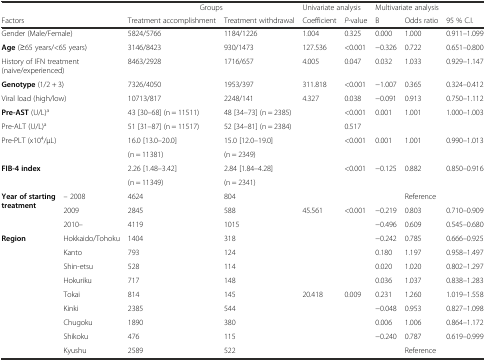
<table><thead><tr><td colspan="2">[EMPTY_CELL]</td><td colspan="2"><b>Groups</b></td><td colspan="2"><b>Univariate analysis</b></td><td colspan="3"><b>Multivariate analysis</b></td></tr><tr><td colspan="2"><b>Factors</b></td><td><b>Treatment accomplishment</b></td><td><b>Treatment withdrawal</b></td><td><b>Coefficient</b></td><td><b><i>P</i>-value</b></td><td><b>B</b></td><td><b>Odds ratio</b></td><td><b>95 % C.I.</b></td></tr></thead><tbody><tr><td colspan="2">Gender (Male/Female)</td><td>5824/5766</td><td>1184/1226</td><td>1.004</td><td>0.325</td><td>0.000</td><td>1.000</td><td>0.911–1.099</td></tr><tr><td colspan="2"><b>Age</b> (≥65 years/&lt;65 years)</td><td>3146/8423</td><td>930/1473</td><td>127.536</td><td>&lt;0.001</td><td>−0.326</td><td>0.722</td><td>0.651–0.800</td></tr><tr><td colspan="2">History of IFN treatment (naive/experienced)</td><td>8463/2928</td><td>1716/657</td><td>4.005</td><td>0.047</td><td>0.032</td><td>1.033</td><td>0.929–1.147</td></tr><tr><td colspan="2"><b>Genotype</b> (1/2 + 3)</td><td>7326/4050</td><td>1953/397</td><td>311.818</td><td>&lt;0.001</td><td>−1.007</td><td>0.365</td><td>0.324–0.412</td></tr><tr><td colspan="2">Viral load (high/low)</td><td>10713/817</td><td>2248/141</td><td>4.327</td><td>0.038</td><td>−0.091</td><td>0.913</td><td>0.750–1.112</td></tr><tr><td colspan="2"><b>Pre-AST</b> (U/L)<sup>a</sup></td><td>43 [30–68] (n = 11511)</td><td>48 [34–73] (n = 2385)</td><td>[EMPTY_CELL]</td><td>&lt;0.001</td><td>0.001</td><td>1.001</td><td>1.000–1.003</td></tr><tr><td colspan="2">Pre-ALT (U/L)<sup>a</sup></td><td>51 [31–87] (n = 11517)</td><td>52 [34–81] (n = 2384)</td><td>[EMPTY_CELL]</td><td>0.517</td><td>[EMPTY_CELL]</td><td>[EMPTY_CELL]</td><td>[EMPTY_CELL]</td></tr><tr><td colspan="2" rowspan="2">Pre-PLT (x10<sup>4</sup>/μL)</td><td>16.0 [13.0–20.0]</td><td>15.0 [12.0–19.0]</td><td rowspan="2">[EMPTY_CELL]</td><td rowspan="2">&lt;0.001</td><td rowspan="2">0.001</td><td rowspan="2">1.001</td><td rowspan="2">0.990–1.013</td></tr><tr><td>(n = 11381)</td><td>(n = 2349)</td></tr><tr><td colspan="2" rowspan="2"><b>FIB-4 index</b></td><td>2.26 [1.48–3.42]</td><td>2.84 [1.84–4.28]</td><td rowspan="2">[EMPTY_CELL]</td><td rowspan="2">&lt;0.001</td><td rowspan="2">−0.125</td><td rowspan="2">0.882</td><td rowspan="2">0.850–0.916</td></tr><tr><td>(n = 11349)</td><td>(n = 2341)</td></tr><tr><td rowspan="3"><b>Year of starting treatment</b></td><td>– 2008</td><td>4624</td><td>804</td><td>[EMPTY_CELL]</td><td>[EMPTY_CELL]</td><td>[EMPTY_CELL]</td><td>Reference</td><td>[EMPTY_CELL]</td></tr><tr><td>2009</td><td>2845</td><td>588</td><td>45.561</td><td>&lt;0.001</td><td>−0.219</td><td>0.803</td><td>0.710–0.909</td></tr><tr><td>2010–</td><td>4119</td><td>1015</td><td>[EMPTY_CELL]</td><td>[EMPTY_CELL]</td><td>−0.496</td><td>0.609</td><td>0.545–0.680</td></tr><tr><td rowspan="9"><b>Region</b></td><td>Hokkaido/Tohoku</td><td>1404</td><td>318</td><td>[EMPTY_CELL]</td><td>[EMPTY_CELL]</td><td>−0.242</td><td>0.785</td><td>0.666–0.925</td></tr><tr><td>Kanto</td><td>793</td><td>124</td><td>[EMPTY_CELL]</td><td>[EMPTY_CELL]</td><td>0.180</td><td>1.197</td><td>0.958–1.497</td></tr><tr><td>Shin-etsu</td><td>528</td><td>114</td><td>[EMPTY_CELL]</td><td>[EMPTY_CELL]</td><td>0.020</td><td>1.020</td><td>0.802–1.297</td></tr><tr><td>Hokuriku</td><td>717</td><td>148</td><td>[EMPTY_CELL]</td><td>[EMPTY_CELL]</td><td>0.036</td><td>1.037</td><td>0.838–1.283</td></tr><tr><td>Tokai</td><td>814</td><td>145</td><td>20.418</td><td>0.009</td><td>0.231</td><td>1.260</td><td>1.019–1.558</td></tr><tr><td>Kinki</td><td>2385</td><td>544</td><td>[EMPTY_CELL]</td><td>[EMPTY_CELL]</td><td>−0.048</td><td>0.953</td><td>0.827–1.098</td></tr><tr><td>Chugoku</td><td>1890</td><td>380</td><td>[EMPTY_CELL]</td><td>[EMPTY_CELL]</td><td>0.006</td><td>1.006</td><td>0.864–1.172</td></tr><tr><td>Shikoku</td><td>476</td><td>115</td><td>[EMPTY_CELL]</td><td>[EMPTY_CELL]</td><td>−0.240</td><td>0.787</td><td>0.619–0.999</td></tr><tr><td>Kyushu</td><td>2589</td><td>522</td><td>[EMPTY_CELL]</td><td>[EMPTY_CELL]</td><td>[EMPTY_CELL]</td><td>Reference</td><td>[EMPTY_CELL]</td></tr></tbody></table>